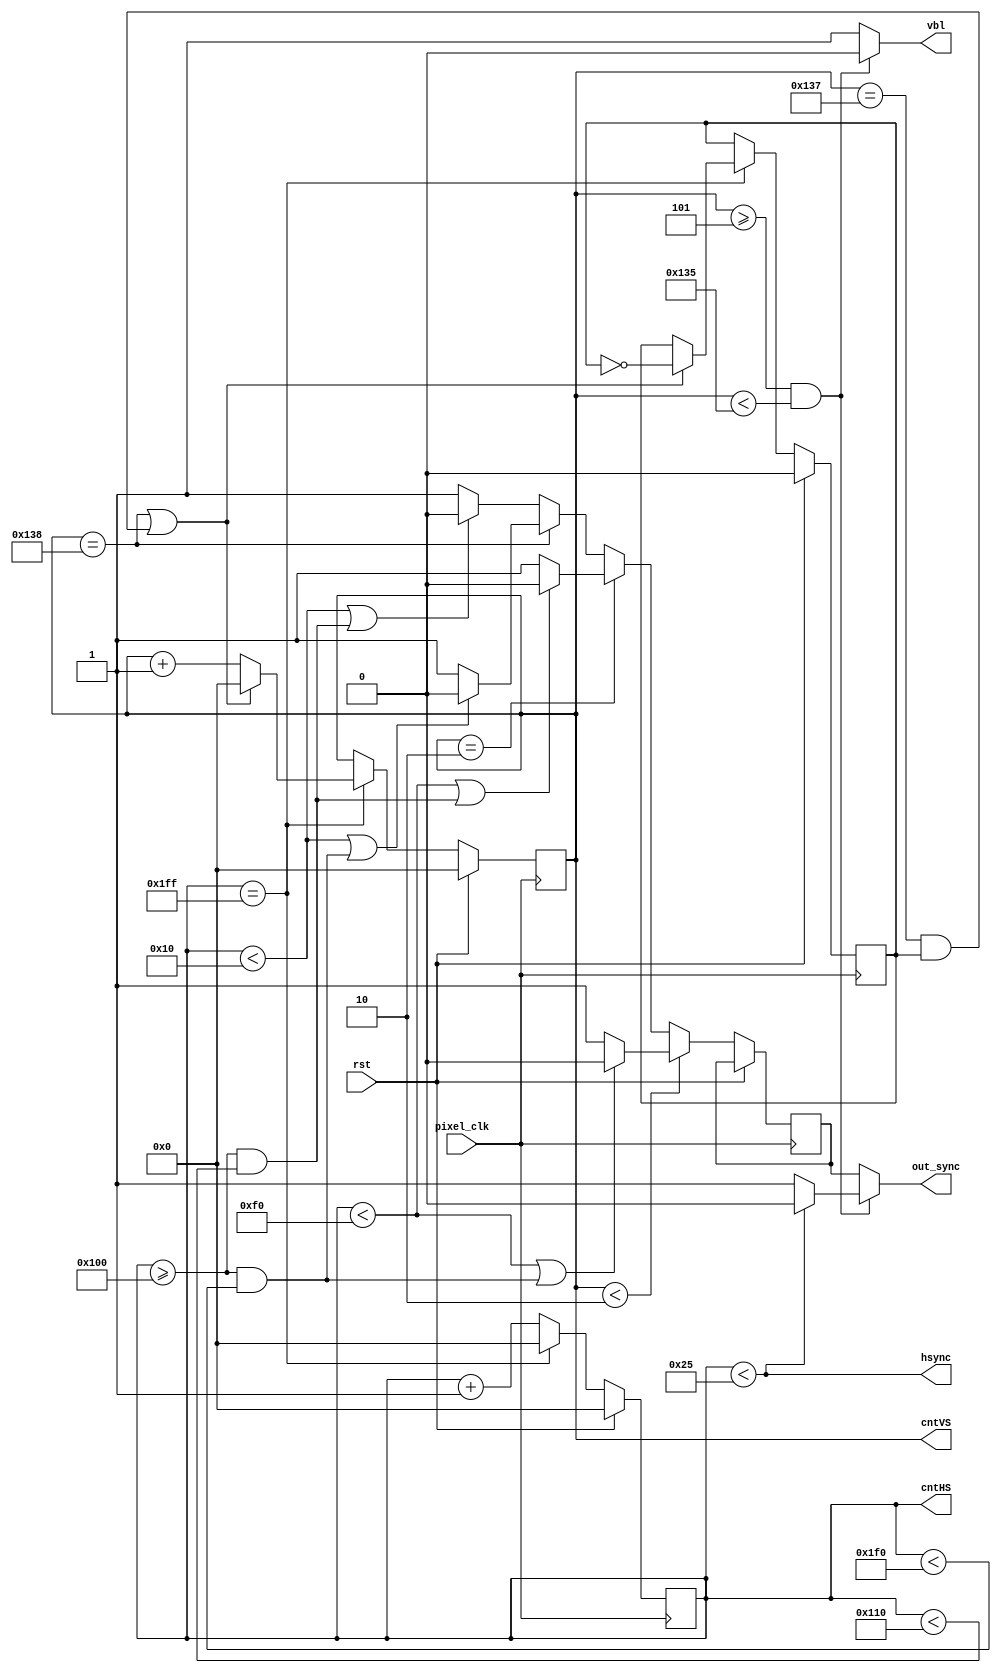
module tvout (
	input pixel_clk,
	input rst,
	output reg [8:0] cntHS,
	output reg [8:0] cntVS,
	output wire vbl,
	output wire hsync,
	output wire out_sync
);
	wire screen_sync = (cntHS < 37) ? 1'b0 : 1'b1;
	wire in_vbl = ((cntVS >= 5) & (cntVS < 309)) ? 1'b0 : 1'b1;
	reg vbl_sync;
	reg interlace;
 	always @ (posedge pixel_clk) begin
		if (rst) begin
			cntHS <= 0;
			cntVS <= 0;
			interlace <= 0;
		end else begin
			if (cntHS == 511) begin
				cntHS <= 0;
				if ((cntVS == 312) || ((cntVS == 311) && interlace)) begin
					cntVS <= 0;
					interlace <= ~interlace;
				end else cntVS <= cntVS + 1'b1;
			end else cntHS <= cntHS + 1'b1;
			if (cntVS < 2) begin
				if ((cntHS < 240) || ((cntHS >= 256) && (cntHS < 496))) vbl_sync <= 0;
				else vbl_sync <= 1;
			end else if (cntVS == 2) begin
				if ((cntHS < 240) || ((cntHS >= 256) && (cntHS < 272))) vbl_sync <= 0;
				else vbl_sync <= 1;
			end else if (cntVS == 312) begin
				if ((cntHS <  16) || ((cntHS >= 256) && (cntHS < 496))) vbl_sync <= 0;
				else vbl_sync <= 1;				
			end else begin
				if ((cntHS <  16) || ((cntHS >= 256) && (cntHS < 272))) vbl_sync <= 0;
				else vbl_sync <= 1;
			end			
		end
	end
	assign vbl = in_vbl;
	assign hsync = ~screen_sync;
	assign out_sync = in_vbl?vbl_sync:screen_sync;
endmodule